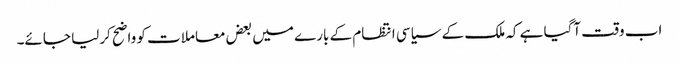
اب وقت آگیا ہے کہ ملک کے سیاسی انتظام کے بارے میں بعض معاملات کو واضح کرلیا جائے۔